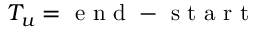
T _ { u } = \mathrm { ~ e ~ n ~ d ~ } - \mathrm { ~ s ~ t ~ a ~ r ~ t ~ }